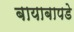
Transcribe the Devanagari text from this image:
बायाबापडे